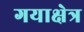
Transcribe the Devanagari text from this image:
गयाक्षेत्र